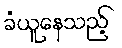
ခံယူနေသည့်